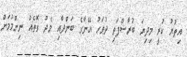
އިތުރު ކުރީ މިދިޔަ ބުރާސްފަތި ދުވަހު އޭނާގެ ބަންދާއި މެދު ގޮތެއް ނިންމުމަށް